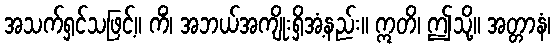
အသက်ရှင်သဖြင့်။ ကိံ၊ အဘယ်အကျိုးရှိအံ့နည်း။ ဣတိ၊ ဤသို့။ အတ္တာနံ၊